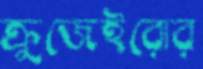
ক্রুজেইরোর